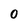
Character: 0